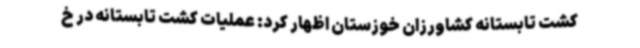
کشت تابستانه کشاورزان خوزستان اظهار کرد: عملیات کشت تابستانه در خ